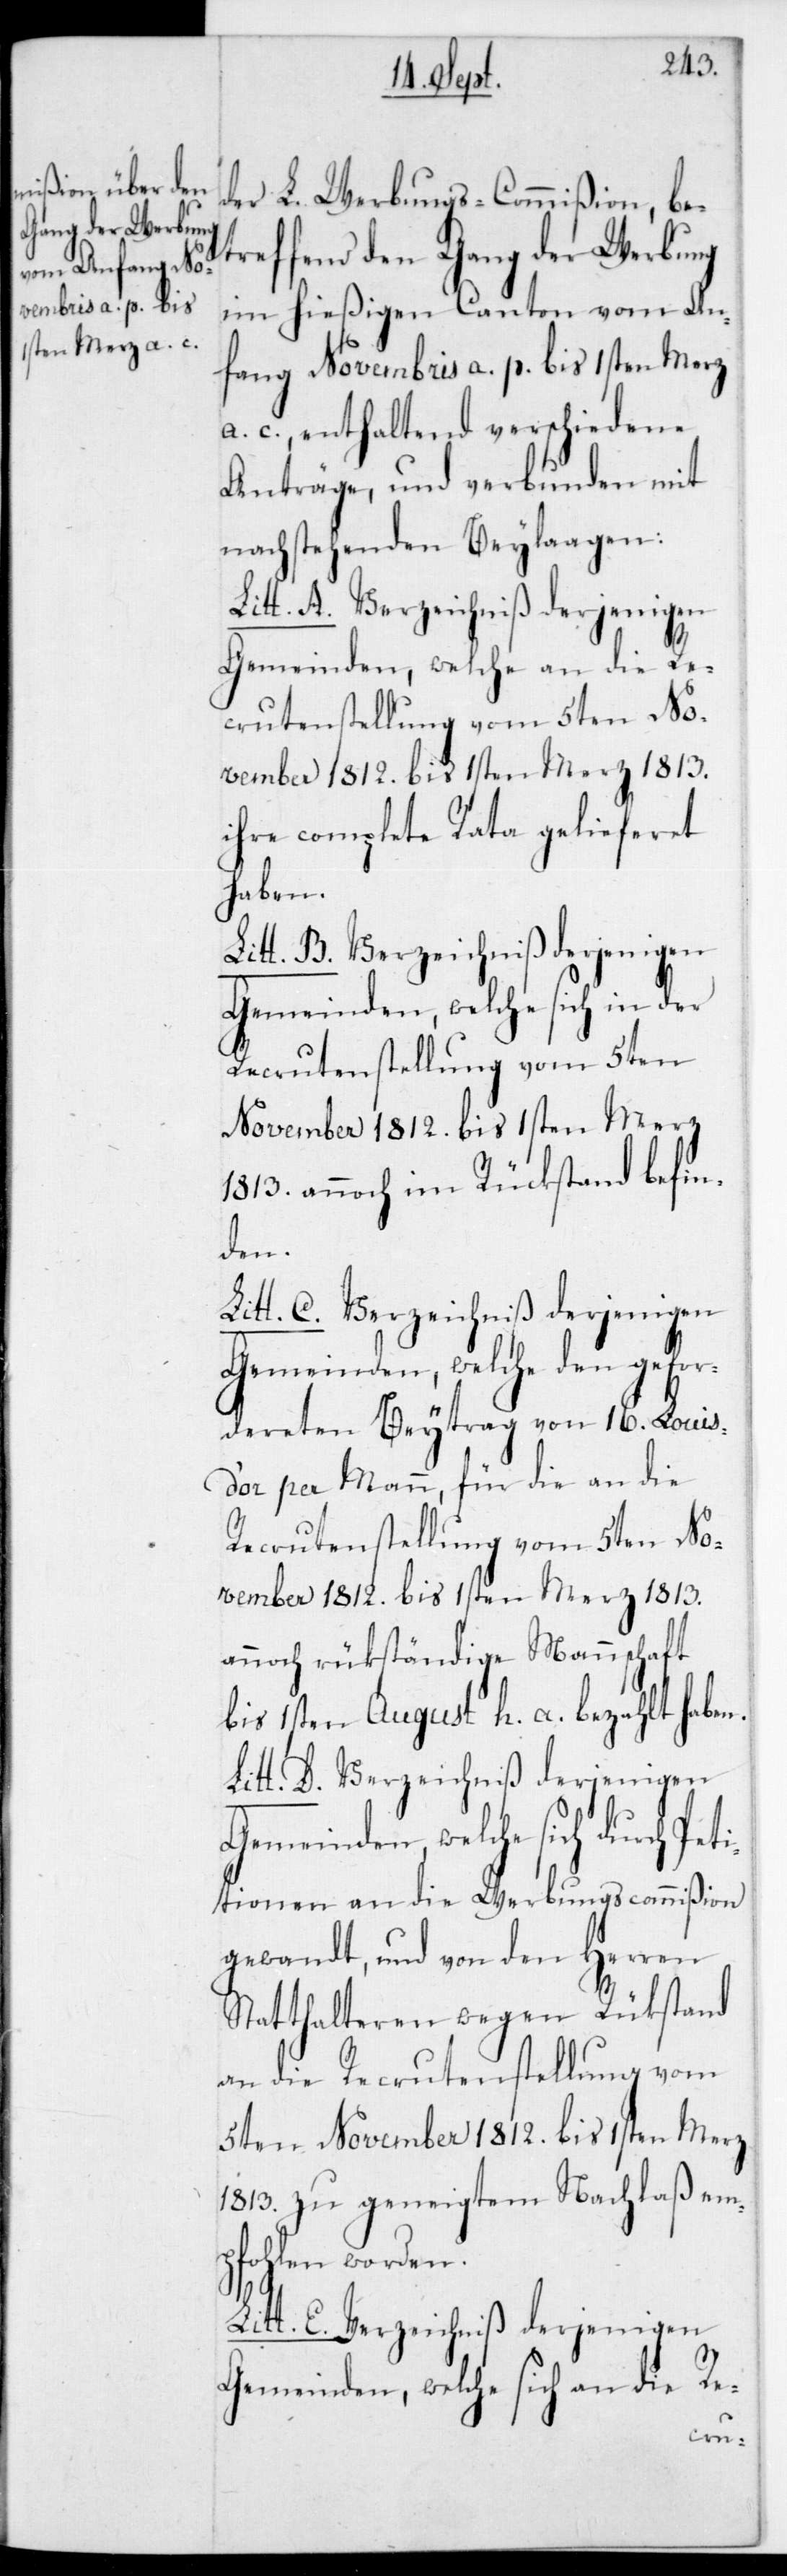
der L. Werbungs-Commißion, be¬
treffend den Gang der Werbung
im hießigen Canton vom An¬
fang Novembris a. p. bis 1sten Merz
a. c., enthaltend verschiedene
Anträge, und verbunden mit
nachstehenden Beylagen:
Gemeinden, welche an die Re¬
crutenstellung vom 5ten No¬
vember 1812 bis 1sten Merz 1813
ihre complette Rata gelieferet
haben.
Gemeinden, welche sich in der
Recrutenstellung vom 5ten
November 1812 bis 1sten Merz
1813 annoch im Rückstand befin¬
den.
Litt. E. Verzeichniß derjenigen
Gemeinden, welche den gefor¬
dereten Beytrag von 16 Louis
d’or per Mann, für die an die
Recrutenstellung vom 5ten No¬
vember 1812 bis 1sten Merz 1813
annoch rückständige Mannschaft
bis 1sten August h. a. bezahlt haben.
titionen an die Werbungscommißion
gewandt, und von den Herren
Statthalteren wegen Rückstand
an die Recrutenstellung vom
5ten November 1812 bis 1sten Merz
1813 zu geneigtem Nachlaß em¬
pfohlen worden.
Gemeinden, welche sich an die Re-